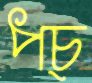
পচ্